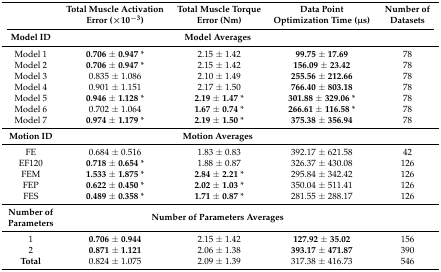
|  | Total Muscle Activation Error (×10−3) | Total Muscle Torque Error (Nm) | Data Point Optimization Time (μs) | Number of Datasets |
 | --- | --- | --- | --- | --- |
 | Model ID | <COLSPAN=3> Model Averages |  |
 | Model 1 | 0.706 ± 0.947 * | 2.15 ± 1.42 | 99.75 ± 17.69 | 78 |
 | Model 2 | 0.706 ± 0.947 * | 2.15 ± 1.42 | 156.09 ± 23.42 | 78 |
 | Model 3 | 0.835 ± 1.086 | 2.10 ± 1.49 | 255.56 ± 212.66 | 78 |
 | Model 4 | 0.901 ± 1.151 | 2.17 ± 1.50 | 766.40 ± 803.18 | 78 |
 | Model 5 | 0.946 ± 1.128 * | 2.19 ± 1.47 * | 301.88 ± 329.06 * | 78 |
 | Model 6 | 0.702 ± 1.064 | 1.67 ± 0.74 * | 266.61 ± 116.58 * | 78 |
 | Model 7 | 0.974 ± 1.179 * | 2.19 ± 1.50 * | 375.38 ± 356.94 | 78 |
 | Motion ID | <COLSPAN=3> Motion Averages |  |
 | FE | 0.684 ± 0.516 | 1.83 ± 0.83 | 392.17 ± 621.58 | 42 |
 | EF120 | 0.718 ± 0.654 * | 1.88 ± 0.87 | 326.37 ± 430.08 | 126 |
 | FEM | 1.533 ± 1.875 * | 2.84 ± 2.21 * | 295.84 ± 342.42 | 126 |
 | FEP | 0.622 ± 0.450 * | 2.02 ± 1.03 * | 350.04 ± 511.41 | 126 |
 | FES | 0.489 ± 0.358 * | 1.71 ± 0.87 * | 281.55 ± 288.17 | 126 |
 | Number of Parameters | <COLSPAN=3> Number of Parameters Averages |  |
 | 1 | 0.706 ± 0.944 | 2.15 ± 1.42 | 127.92 ± 35.02 | 156 |
 | 2 | 0.871 ± 1.121 | 2.06 ± 1.38 | 393.17 ± 471.87 | 390 |
 | Total | 0.824 ± 1.075 | 2.09 ± 1.39 | 317.38 ± 416.73 | 546 |